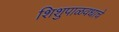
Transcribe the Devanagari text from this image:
शिशुपाळवधाचे